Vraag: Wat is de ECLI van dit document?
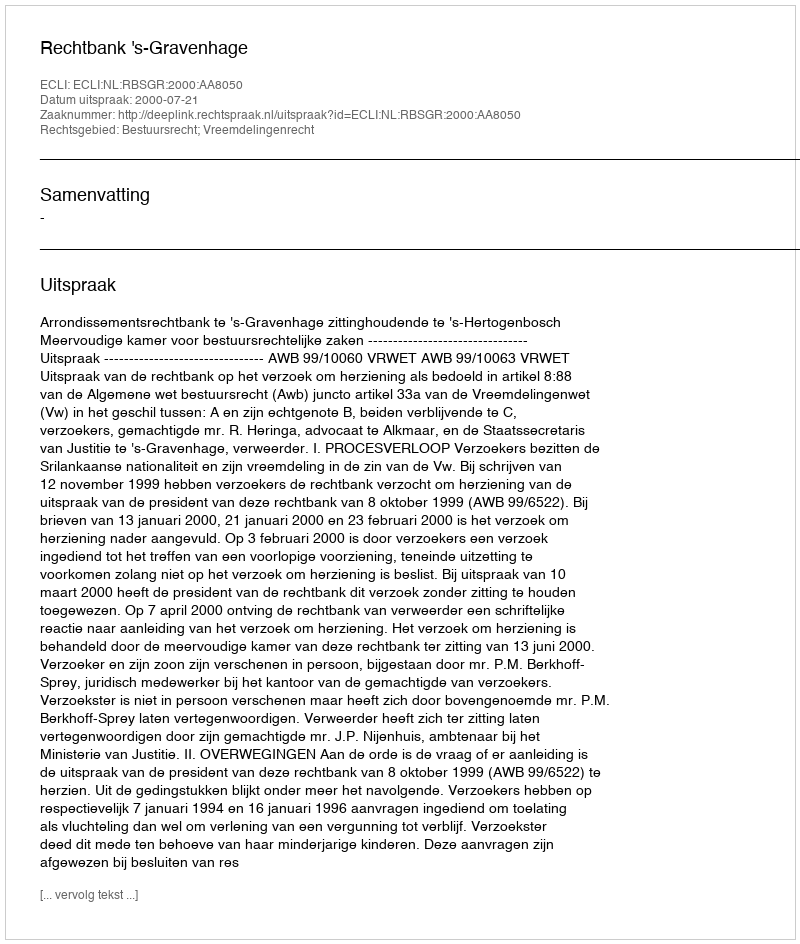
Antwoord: ECLI:NL:RBSGR:2000:AA8050